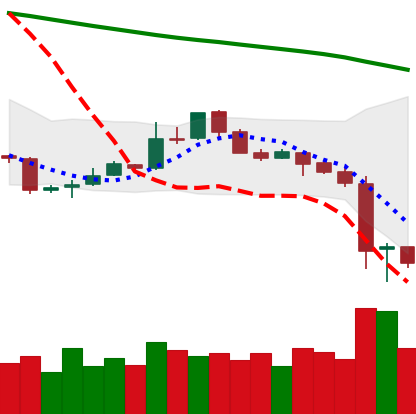
Ticker: LTC-USD
Chart end date: 2018-11-16
Forward return: -18.343%
Label: down_7plus